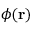
\phi ( \mathbf { r } )